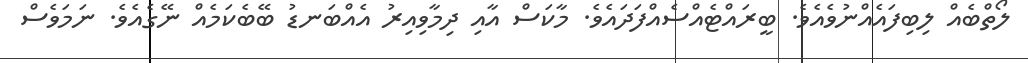
ލޯތްބެއް ލިބިފައެއްނުވެއެވެ. ބީރައްޓެއްސެއްފަދައެވެ. މާކަސް އާއި ދިމާވިއިރު އެއްބަނޑު ބޭބެކަމެއް ނޭގެއެވެ. ނަމަވެސް